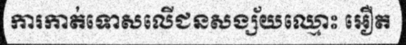
ការកាត់ទោសលើជនសង្ស័យឈ្មោះ អឿត